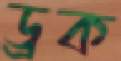
ড্রক